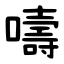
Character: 嚋